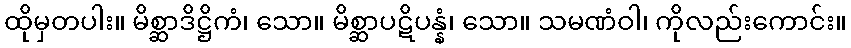
ထိုမှတပါး။ မိစ္ဆာဒိဋ္ဌိကံ၊ သော။ မိစ္ဆာပဋိပန္နံ၊ သော။ သမဏံဝါ၊ ကိုလည်းကောင်း။